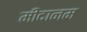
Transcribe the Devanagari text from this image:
मीदानम